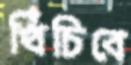
খিঁচিবে